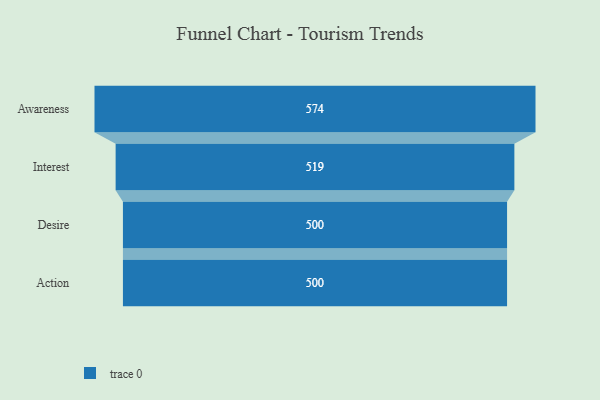
{"axis": {"x": "Stage", "y": "Value"}, "legend": [""], "data": [{"x": "Awareness", "y": 574.0, "type": ""}, {"x": "Interest", "y": 519.0, "type": ""}, {"x": "Desire", "y": 500, "type": ""}, {"x": "Action", "y": 500, "type": ""}]}